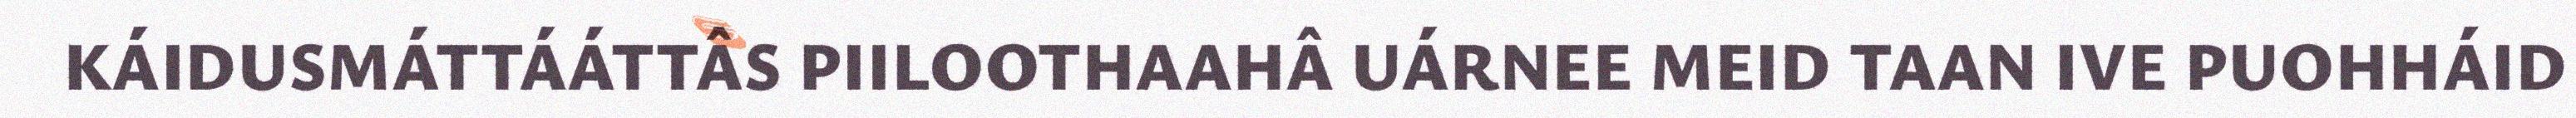
KÁIDUSMÁTTÁÁTTÂS PIILOOTHAAHÂ UÁRNEE MEID TAAN IVE PUOHHÁID